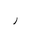
Letter: _ra